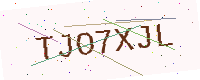
Text: TJO7XJL